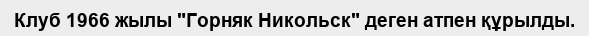
Клуб 1966 жылы "Горняк Никольск" деген атпен құрылды.